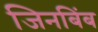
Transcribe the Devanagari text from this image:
जिनबिंब